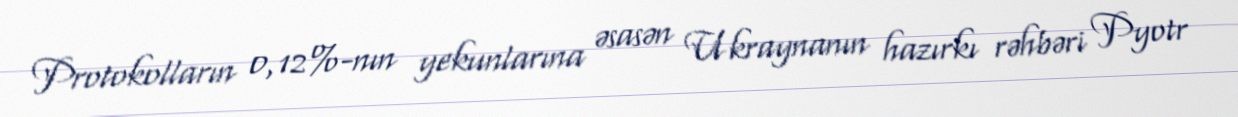
Protokolların 0,12%-nın yekunlarına əsasən Ukraynanın hazırkı rəhbəri Pyotr